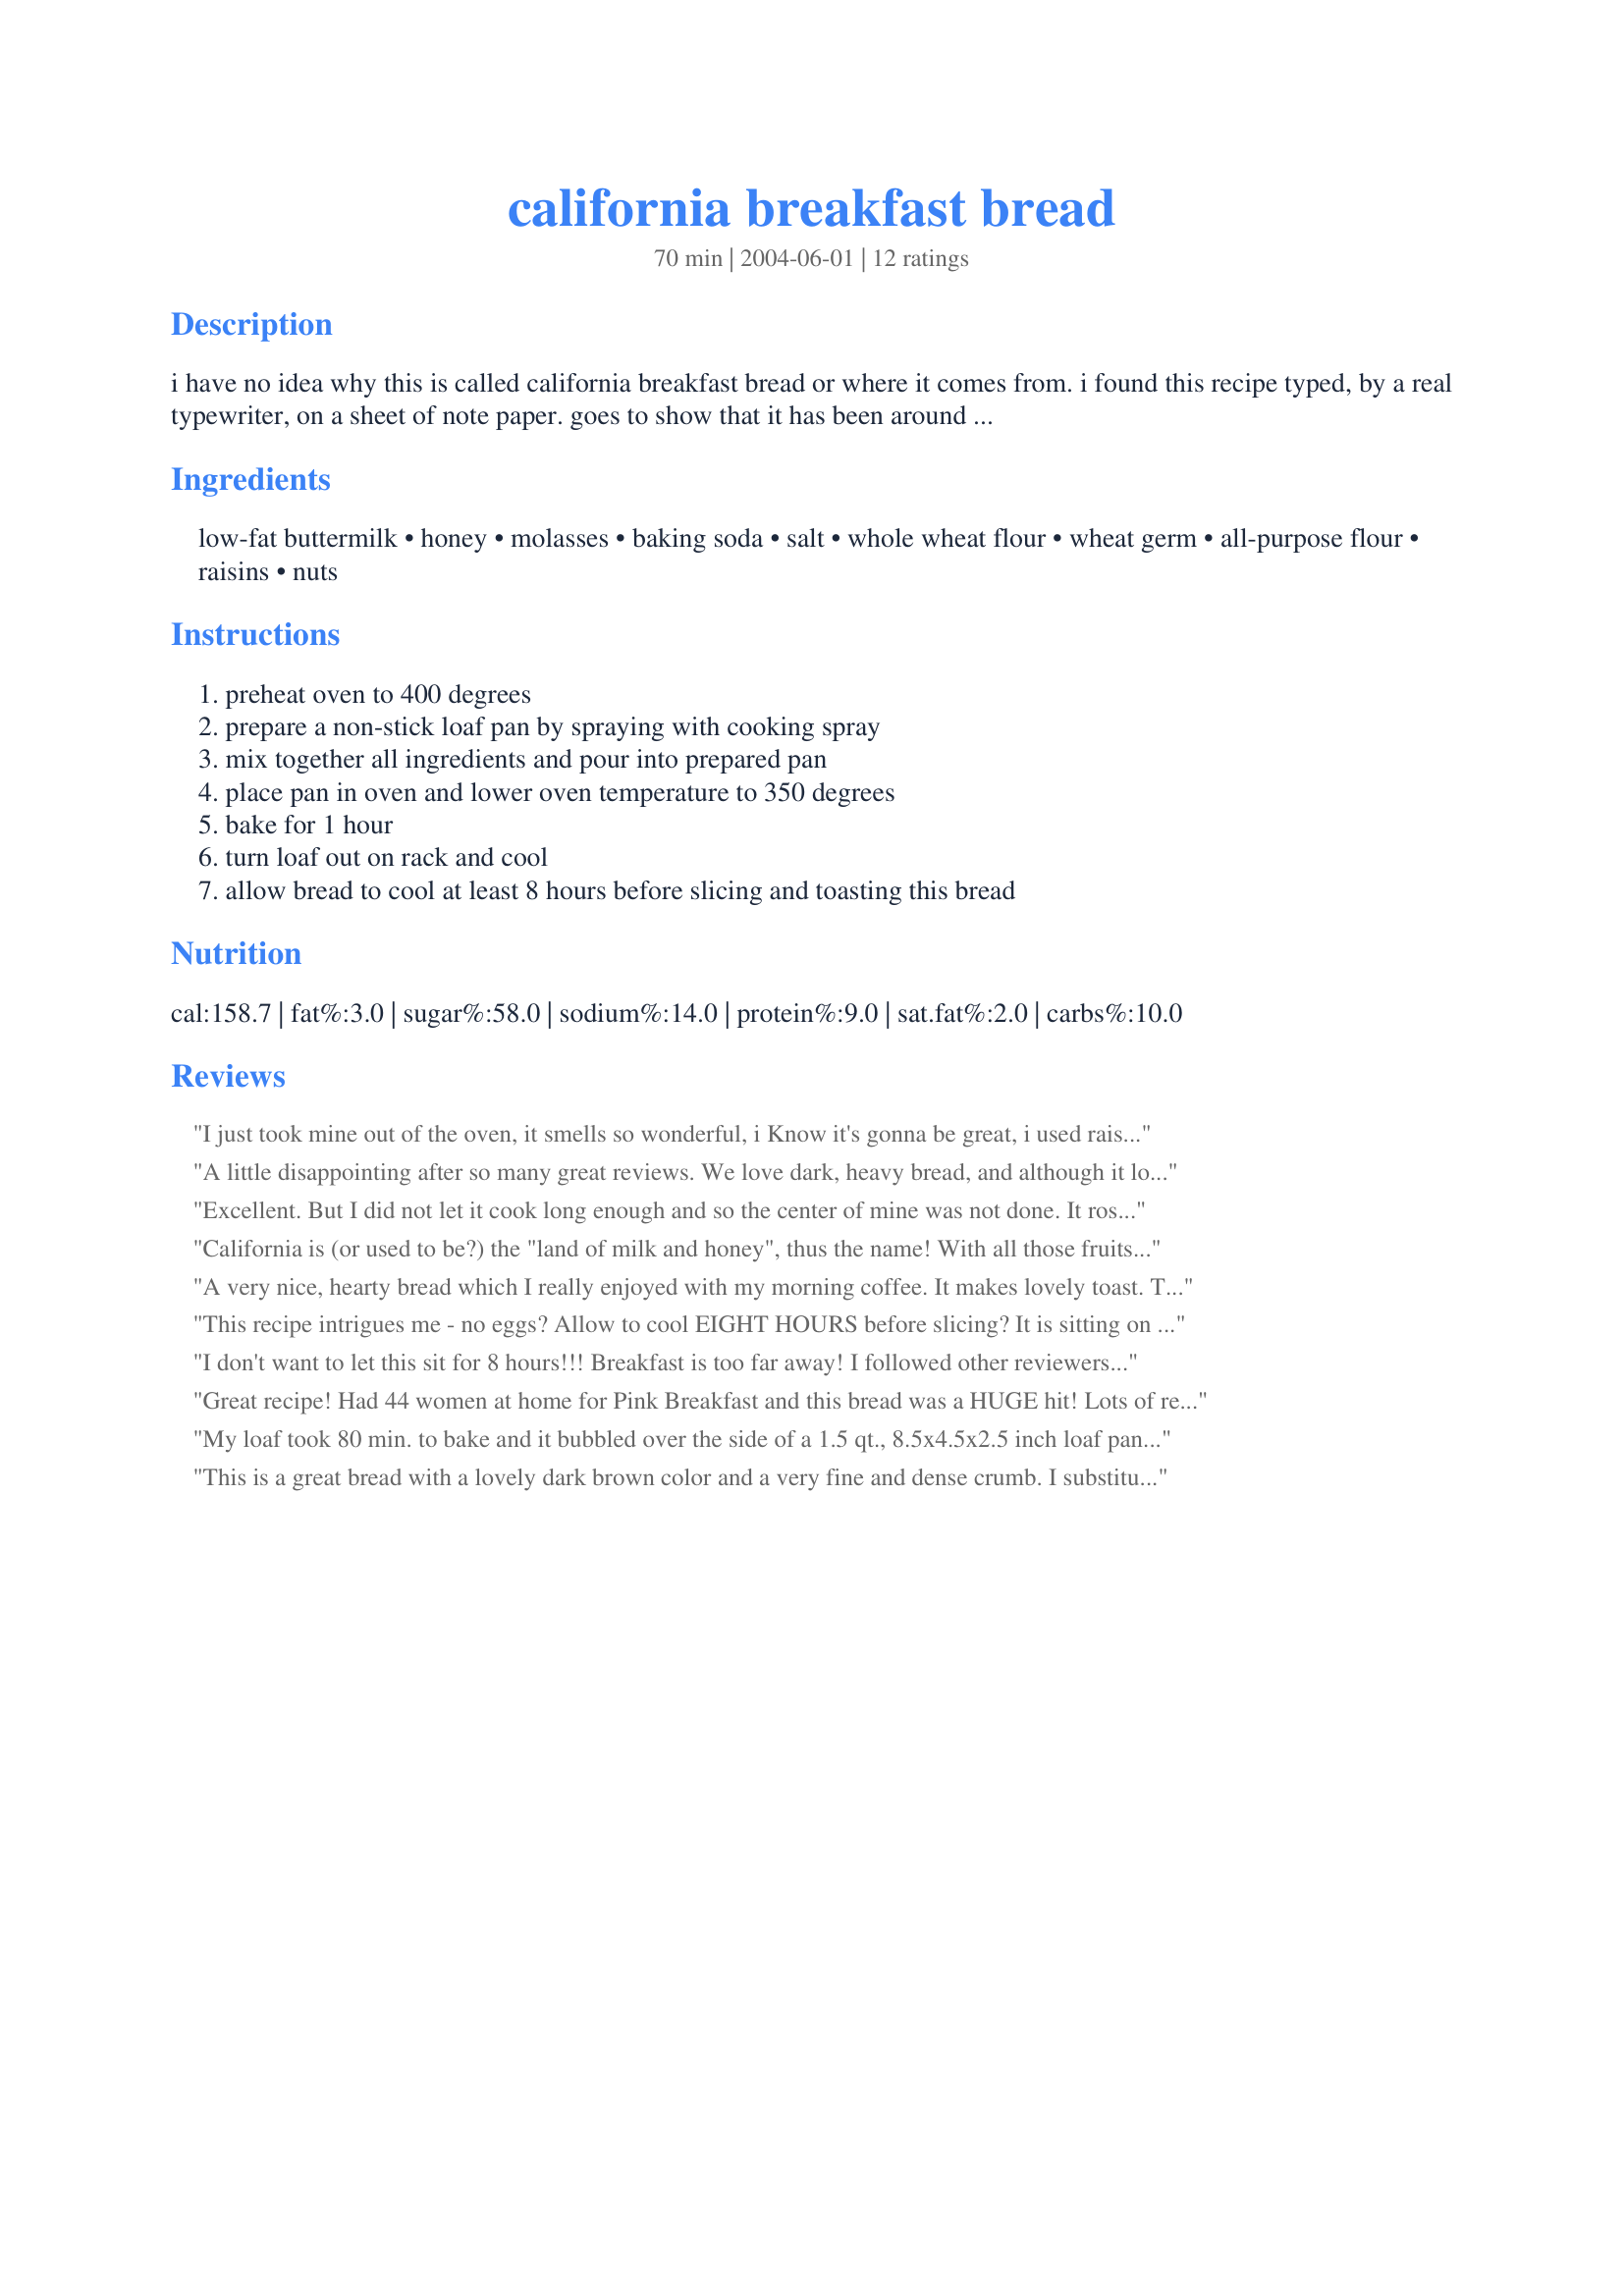
california breakfast bread
Preparation time: 70 minutes

i have no idea why this is called california breakfast bread or where it comes from. i found this recipe typed, by a real typewriter, on a sheet of note paper. goes to show that it has been around for awhile. it is scrumptious.

Ingredients:
low-fat buttermilk, honey, molasses, baking soda, salt, whole wheat flour, wheat germ, all-purpose flour, raisins, nuts

Steps:
preheat oven to 400 degrees, prepare a non-stick loaf pan by spraying with cooking spray, mix together all ingredients and pour into prepared pan, place pan in oven and lower oven temperature to 350 degrees, bake for 1 hour, turn loaf out on rack and cool, allow bread to cool at least 8 hours before slicing and toasting this bread

Reviews:
I just took mine out of the oven, it smells so wonderful, i Know it's gonna be great, i used raisins 3 dried bananas and walnuts, i just can't wait 'til breakfast !
Mine rised a lot, it's beautiful.
Thank you. i'll come back in the morning, right after breakfast :p
Yum !! very moist, very good, toasted with butter, or just plain !
Miam. Thank you!
A little disappointing after so many great reviews. We love dark, heavy bread, and although it looked wonderful, the taste was bland and fairly forgettable. I don't think I'd make it again unless I just happened to have 2 cups of buttermilk that I needed to use up.
Excellent. But I did not let it cook long enough and so the center of mine was not done. It rose so high that my bread touched the next rack and burned, which is why I took it out early. But the outside pieces were awesome. I used dates and almonds. Yum!
California is (or used to be?) the "land of milk and honey", thus the name! With all those fruits and nuts, it's a perfect name for a lovely bread. I used raisins AND dried cranberries, probably close to a cup total, and finely chopped walnuts. Also used the powdered buttermilk, and added about 1 tbs of flaxseed for extra nutrition. Delicious, dense, wonderful recipe!! Thanks so much - TJ
A very nice, hearty bread which I really enjoyed with my morning coffee. It makes lovely toast. Thanks for sharing it Paula!
This recipe intrigues me - no eggs? Allow to cool EIGHT HOURS before slicing? It is sitting on my counter right now and smells delicious! Like the previous reviewer I'll be back with a taste test and a photo once I can dig in!
Okay - tried the bread after letting it rest 8 hours - fabulous! I brought it on a "girls getaway" for breakfast and it was loved by all! We found it was very nice with a little cream cheese spread on it. This will definitely be part of my quick bread repertoire !
I don't want to let this sit for 8 hours!!! Breakfast is too far away! I followed other reviewers' advice and split the batter between two smaller (8x4, I think) loaf pans. So the loaves aren't as high as other people's turned out to be, and I only had to bake them for 50 minutes. They smell really good though. I will let you know how they taste after brekky tomorrow morning...OK, I have eaten some of it now, and it is GREAT! Thanks for this wonderful recipe -- it's got my family's stamp of approval!
Great recipe! Had 44 women at home for Pink Breakfast and this bread was a HUGE hit! Lots of requests for the recipe. Will make again. Very easy, very moist, very tasty - all good! Made it ahead of time and put in freezer - defrosted like new.
My loaf took 80 min. to bake and it bubbled over the side of a 1.5 qt., 8.5x4.5x2.5 inch loaf pan. The recipe needs a slightly larger pan or don't put all of the batter in one this size. It reminded me of my Grandmother's brown bread. I can't wait to have some tomorrow after the suggested resting period. I cut into and served several slices just 3-4 hours after baking and we loved it. I used dried cranberries and pecans. It's a moist and beautiful semi-sweet loaf.
This is a great bread with a lovely dark brown color and a very fine and dense crumb. I substituted 2/3 cup whole wheat pastry flour for the white flour (this is the substitution ratio that I have found works best for me) and used dried cranberries rather than raisins and walnuts for the nuts. It's not a terribly sweet bread, so next time I might add some more fruit bits because they add a nice sweetness to the bread. The bread is so dense and moist it is almost textured like a fine cake, but definitely much healthier! It rose well and is a really pretty loaf. Despite the whole grains, it is not dry, too dense or crumbly at all. You're right- it is scrumptious!
Excellent and healthy! This was a dense, moist bread. It was flavorful - but not sweet. I ate a piece for breakfast this morning (toasted with a little butter) and it was delicious and satisfying. This would make a healthy between meal snack also. My loaf was done in 55 minutes. I had my timer set for 60 minutes - but began to smell it before then and I barely caught it before it started to burn. My oven must have held the 400 temp a while, even though I turned it down to 350 immediately upon putting the bread in the oven.
Turned out okay...not quite as good as i expected. I was a little worried because it had you mix all the ingredients together, but it turned out fine. Maybe a little much wholewheat flour for me. Otherwise, good. Used a 9x5 pan
